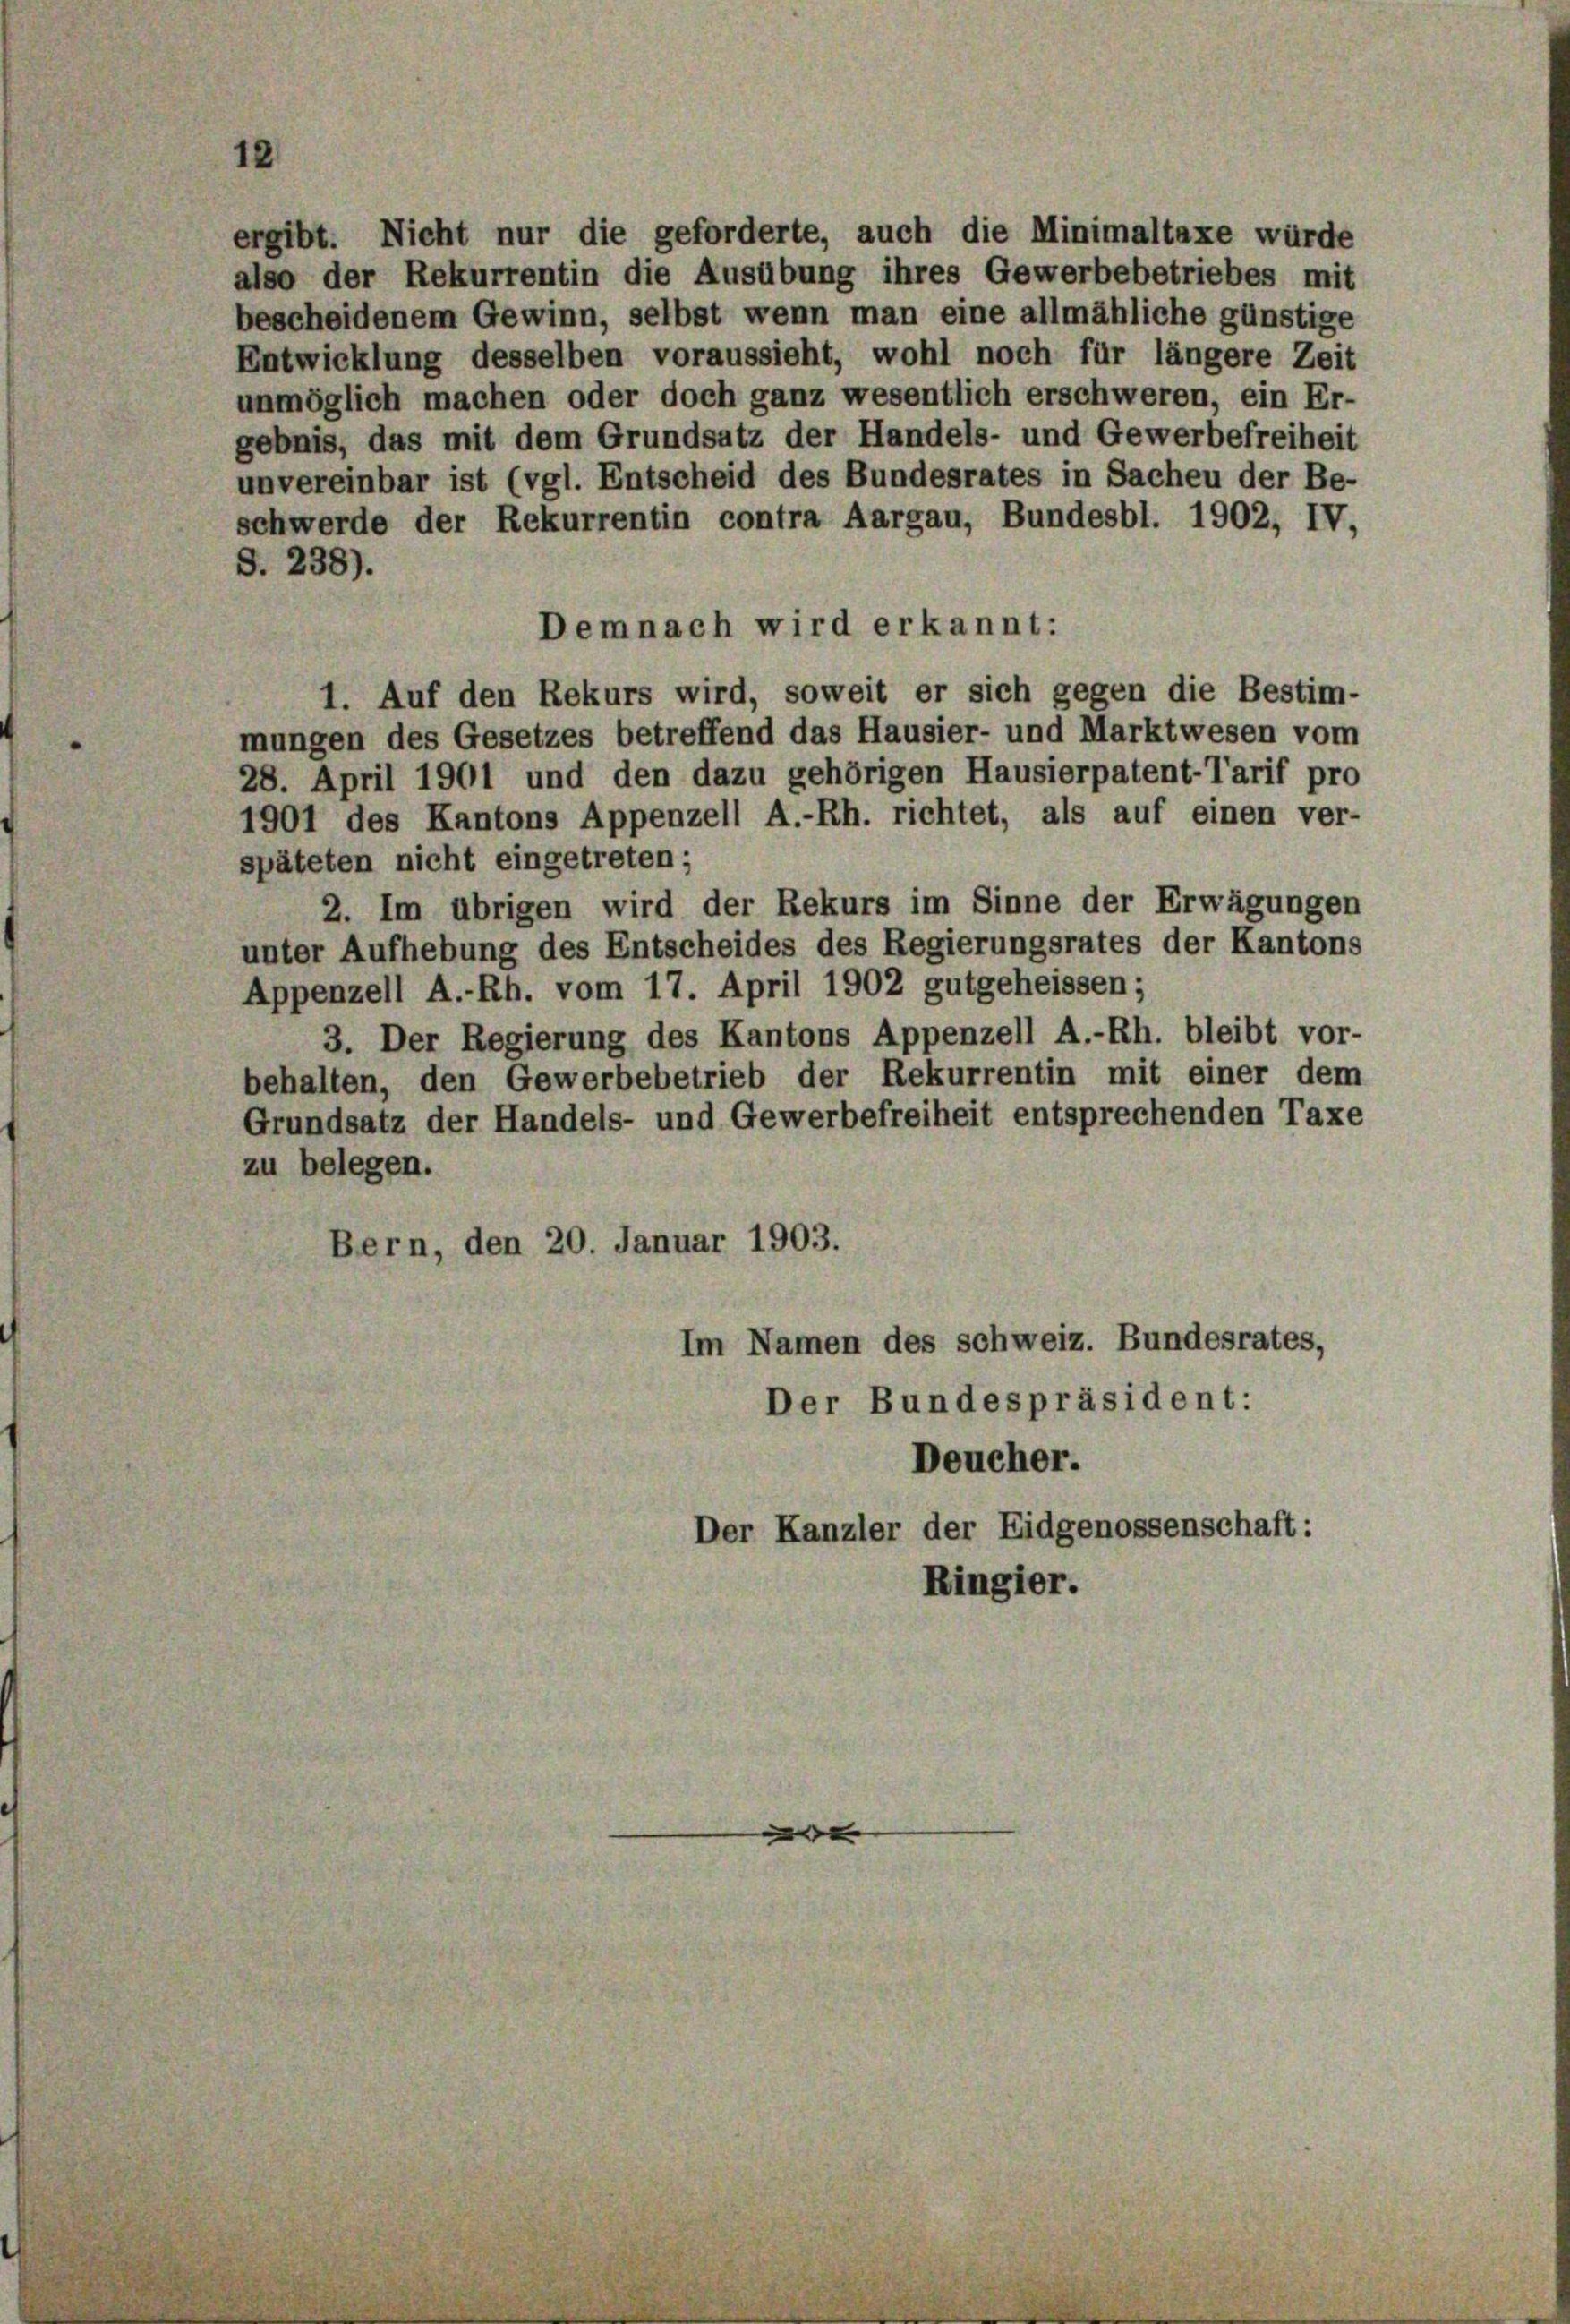
ergibt. Nicht nur die geforderte, auch die Minimaltaxe würde
also der Rekurrentin die Ausübung ihres Gewerbebetriebes mit
bescheidenem Gewinn, selbst wenn man eine allmähliche günstige
Entwicklung desselben voraussieht, wohl noch für längere Zeit
unmöglich machen oder doch ganz wesentlich erschweren, ein Er-
gebnis, das mit dem Grundsatz der Handels- und Gewerbefreiheit
unvereinbar ist (vgl. Entscheid des Bundesrates in Sachen der Be-
schwerde der Rekurrentin contra Aargau, Bundesbl. 1902, IV,
S. 238).
Demnach wird erkannt:
1. Auf den Rekurs wird, soweit er sich gegen die Bestim-
mungen des Gesetzes betreffend das Hausier- und Marktwesen vom
28. April 1901 und den dazu gehörigen Hausierpatent-Tarif pro
1901 des Kantons Appenzell A.-Rh. richtet, als auf einen ver-
späteten nicht eingetreten;
2. Im übrigen wird der Rekurs im Sinne der Erwägungen
unter Aufhebung des Entscheides des Regierungsrates der Kantons
Appenzell A.-Rh. vom 17. April 1902 gutgeheissen;
3. Der Regierung des Kantons Appenzell A.-Rh. bleibt vor-
behalten, den Gewerbebetrieb der Rekurrentin mit einer dem
Grundsatz der Handels- und Gewerbefreiheit entsprechenden Taxe
zu belegen.
Bern, den 20. Januar 1903.
Im Namen des schweiz. Bundesrates,
Der Bundespräsident:
Deucher.
Der Kanzler der Eidgenossenschaft:
Ringier.